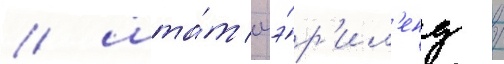
/ шта́т мэ́р'ил'енд /